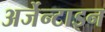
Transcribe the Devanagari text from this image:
अर्जेन्टाइन